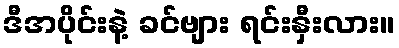
ဒီအပိုင်းနဲ့ ခင်ဗျား ရင်းနှီးလား။